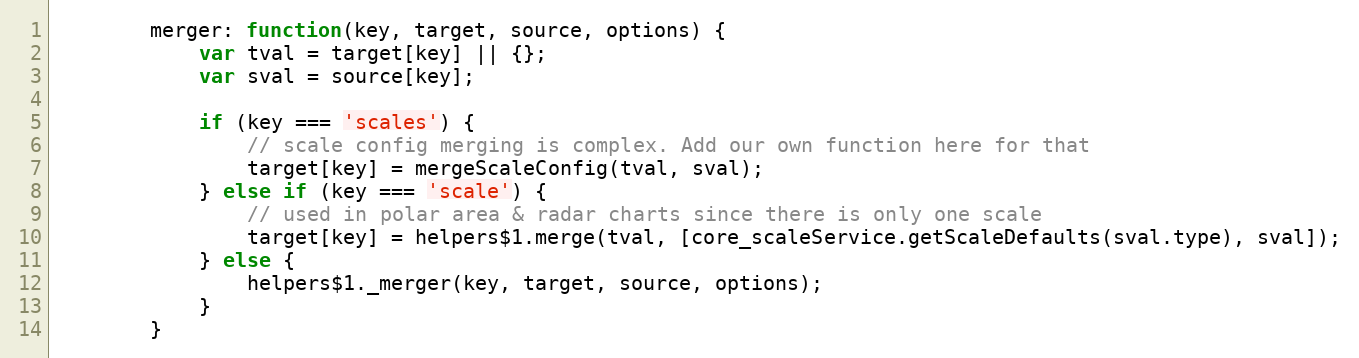
Language: JavaScript
		merger: function(key, target, source, options) {
			var tval = target[key] || {};
			var sval = source[key];

			if (key === 'scales') {
				// scale config merging is complex. Add our own function here for that
				target[key] = mergeScaleConfig(tval, sval);
			} else if (key === 'scale') {
				// used in polar area & radar charts since there is only one scale
				target[key] = helpers$1.merge(tval, [core_scaleService.getScaleDefaults(sval.type), sval]);
			} else {
				helpers$1._merger(key, target, source, options);
			}
		}